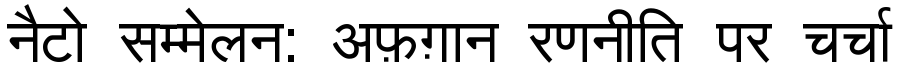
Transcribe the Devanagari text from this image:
नैटो सम्मेलन: अफ़ग़ान रणनीति पर चर्चा